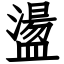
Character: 盪